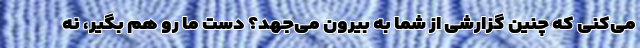
می‌کنی که چنین گزارشی از شما به بیرون می‌جهد؟ دست ما رو هم بگیر، نه